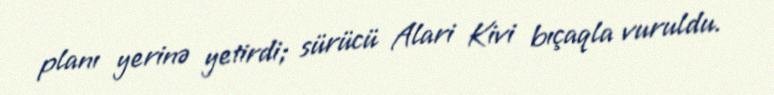
planı yerinə yetirdi; sürücü Alari Kivi bıçaqla vuruldu.